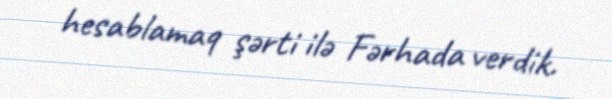
hesablamaq şərti ilə Fərhada verdik.